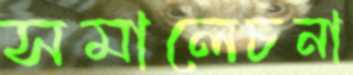
সমালেচনা